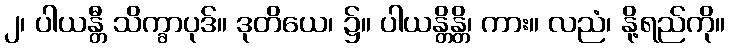
၂၊ ပါယန္တီ သိက္ခာပုဒ်။ ဒုတိယေ၊ ၌။ ပါယန္တိန္တိ၊ ကား။ လညံ၊ နို့ရည်ကို။